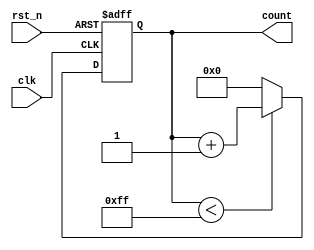
module ParameterizedCounter #(
    parameter INITIAL_COUNT = 8'd0,  // Default initial count value
    parameter MAX_COUNT = 8'd255      // Maximum count value
)(
    input wire clk,                    // Clock input
    input wire rst_n,                  // Active-low reset
    output reg [7:0] count             // 8-bit count output
);

    // Internal state variable for count
    initial begin
        count = INITIAL_COUNT;         // Initialize count with parameter value
    end

    // Behavioral logic for the counter
    always @(posedge clk or negedge rst_n) begin
        if (!rst_n) begin
            count <= INITIAL_COUNT;     // Reset to initial count value
        end else if (count < MAX_COUNT) begin
            count <= count + 1;         // Increment count
        end else begin
            count <= INITIAL_COUNT;      // Reset count when max is reached
        end
    end

endmodule